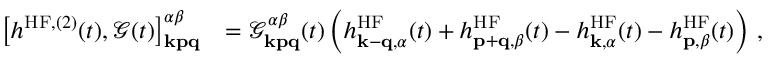
\begin{array} { r l } { \left[ h ^ { \mathrm { H F } , ( 2 ) } ( t ) , \mathcal { G } ( t ) \right] _ { \mathbf { k p q } } ^ { \alpha \beta } } & { = \mathcal { G } _ { \mathbf { k p q } } ^ { \alpha \beta } ( t ) \left( h _ { \mathbf { k } - \mathbf { q } , \alpha } ^ { \mathrm { H F } } ( t ) + h _ { \mathbf { p } + \mathbf { q } , \beta } ^ { \mathrm { H F } } ( t ) - h _ { \mathbf { k } , \alpha } ^ { \mathrm { H F } } ( t ) - h _ { \mathbf { p } , \beta } ^ { \mathrm { H F } } ( t ) \right) \, , } \end{array}